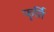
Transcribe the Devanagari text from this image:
फूर्ति